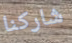
شاركنا